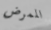
الممرض